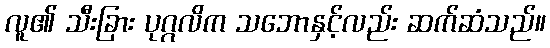
လူ၏ သီးခြား ပုဂ္ဂလိက သဘောနှင့်လည်း ဆက်ဆံသည်။